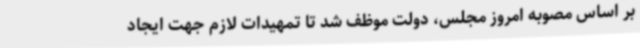
بر اساس مصوبه امروز مجلس، دولت موظف شد تا تمهیدات لازم جهت ایجاد